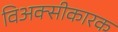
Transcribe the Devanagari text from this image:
विअक्सीकारक